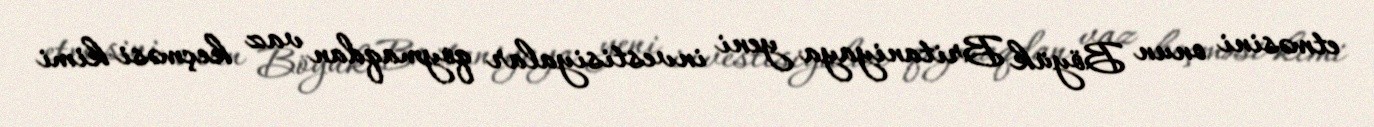
etməsini onun Böyük Britaniyaya yeni investisiyalar qoymaqdan vaz keçməsi kimi